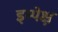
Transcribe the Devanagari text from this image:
इम्पेक्ष